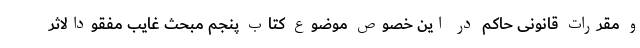
و مقررات قانونی حاکم در این خصوص موضوع کتاب پنجم مبحث غایب مفقودالاثر